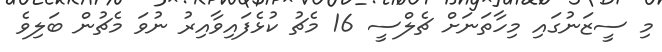
މި ސީޒަނުގައި މިހާތަނަށް ޗެލްސީ 16 މެޗު ކުޅެފައިވާއިރު ނުވަ މެޗުން ބަލިވެ